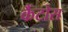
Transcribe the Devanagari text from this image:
कैंटोस